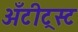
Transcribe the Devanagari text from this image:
अँटीट्रस्ट